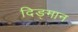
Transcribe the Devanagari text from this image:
दिङ्‌मान